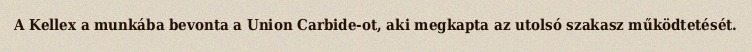
A Kellex a munkába bevonta a Union Carbide-ot, aki megkapta az utolsó szakasz működtetését.